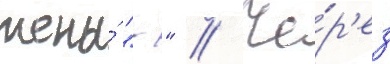
жены́ "-" // Че́р'ез